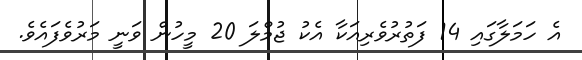
އެ ހަމަލާގައި 14 ފަތުރުވެރިއަކާ އެކު ޖުމްލަ 20 މީހުން ވަނީ މަރުވެފައެވެ.